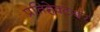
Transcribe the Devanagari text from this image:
प्रतिहेक्टेयर